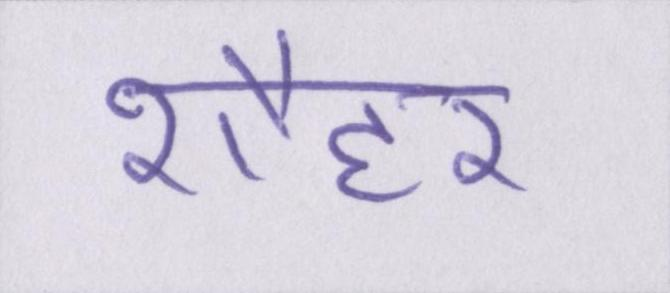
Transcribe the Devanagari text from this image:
शौहर